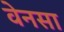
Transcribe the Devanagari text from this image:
वेनसा